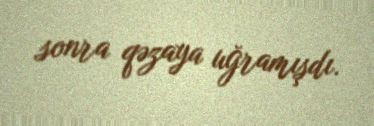
sonra qəzaya uğramışdı.